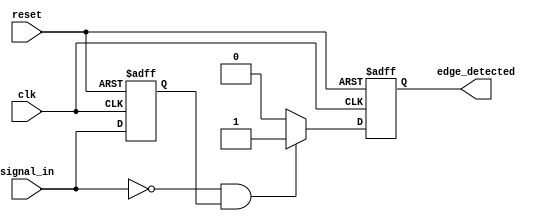
module negative_edge_detector (
    input wire clk,            // Clock signal
    input wire reset,          // Asynchronous reset signal
    input wire signal_in,      // Input signal to detect negative edge
    output reg edge_detected   // Output signal indicating edge detection
);

    // Internal signal to hold the previous state of signal_in
    reg previous_state;

    // Always block for edge detection and state capturing
    always @(posedge clk or posedge reset) begin
        if (reset) begin
            previous_state <= 1'b0; // Initialize previous state on reset
            edge_detected <= 1'b0;   // Initialize edge detected output
        end else begin
            // Check for negative edge detection
            if (signal_in == 1'b0 && previous_state == 1'b1) begin
                edge_detected <= 1'b1;  // Set edge_detected high on negative edge
            end else begin
                edge_detected <= 1'b0;   // Reset edge_detected if no edge detected
            end

            // Store the current state as previous state for next clock cycle
            previous_state <= signal_in;
        end
    end
endmodule